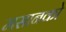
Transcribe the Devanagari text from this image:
मसानको